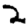
Digit: 2